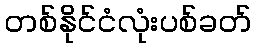
တစ်နိုင်ငံလုံးပစ်ခတ်